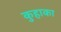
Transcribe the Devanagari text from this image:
कुहाका